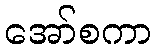
အော်စကာ